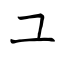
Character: ユ